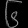
Digit: ၆